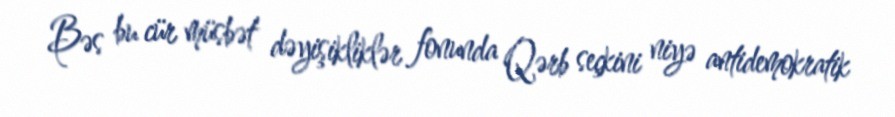
Bəs bu cür müsbət dəyişikliklər fonunda Qərb seçkini niyə antidemokratik